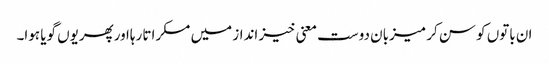
ان باتوں کو سن کر میزبان دوست معنی خیز انداز میں مسکراتا رہااورپھریوں گویا ہوا۔